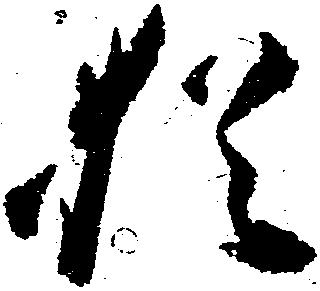
猶